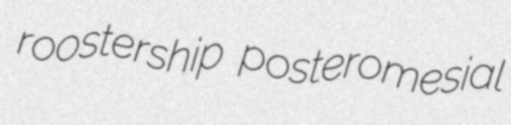
roostership posteromesial